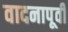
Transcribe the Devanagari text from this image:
वादनापूर्वी